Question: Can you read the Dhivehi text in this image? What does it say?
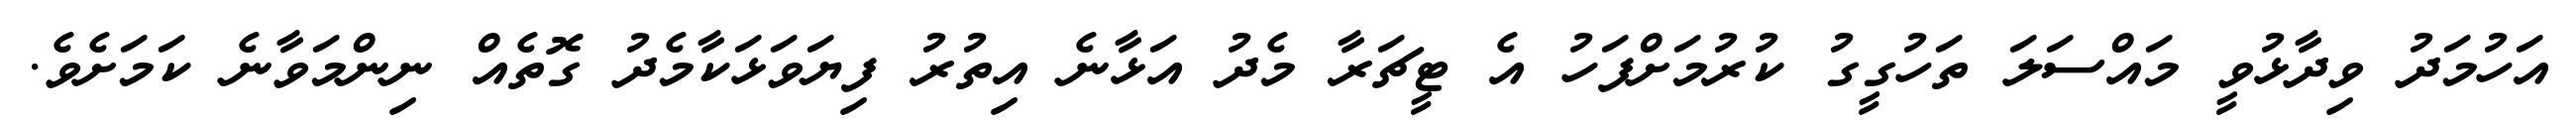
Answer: އަހުމަދު ވިދާޅުވީ މައްސަލަ ތަހުގީގު ކުރުމަށްފަހު އެ ޓީޗަރާ މެދު އަޅާނެ އިތުރު ފިޔަވަޅަކާމެދު ގޮތެއް ނިންމަވާނެ ކަމަށެވެ.